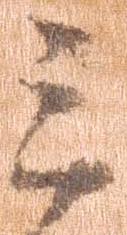
之